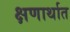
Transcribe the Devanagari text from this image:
क्षणार्थात